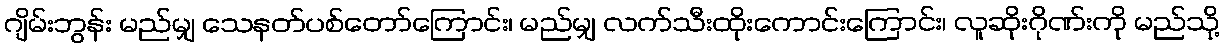
ဂျိမ်းဘွန်း မည်မျှ သေနတ်ပစ်တော်ကြောင်း၊ မည်မျှ လက်သီးထိုးကောင်းကြောင်း၊ လူဆိုးဂိုဏ်းကို မည်သို့